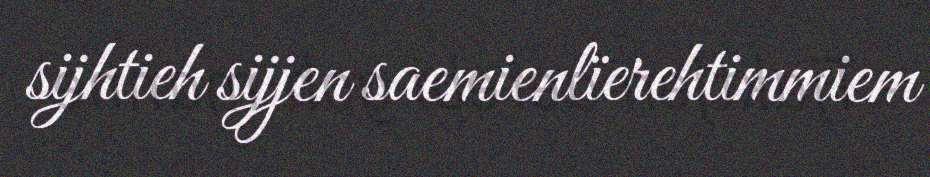
sijhtieh sijjen saemienlïerehtimmiem